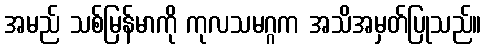
အမည် သစ်မြန်မာကို ကုလသမဂ္ဂက အသိအမှတ်ပြုသည်။